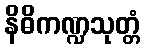
နိဓိကဏ္ဍသုတ္တံ